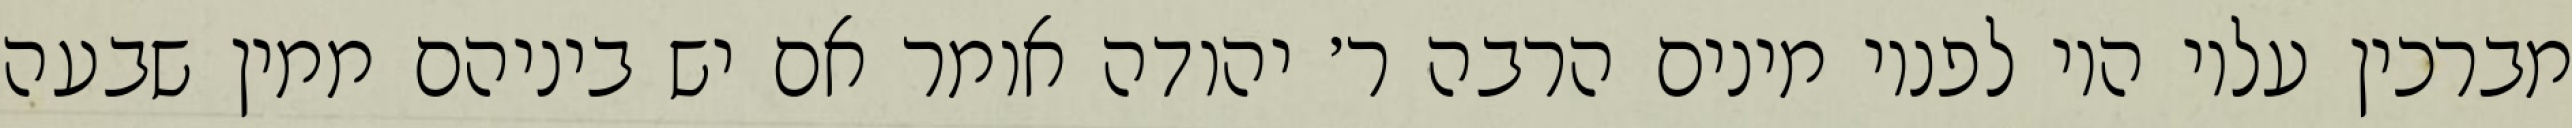
מברכין עליו היו לפניו מינים הרבה ר׳ יהודה אומר אם יש ביניהם ממין שבעה